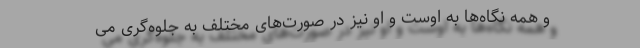
و همه نگاه‌ها به اوست و او نیز در صورت‌های مختلف به جلوه‌گری می ‌